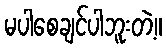
မပါစေချင်ပါဘူးတဲ့။